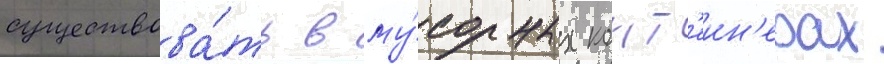
существова́ть в му́сорных конт'еин'ерах